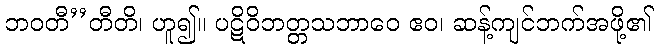
ဘဝတီ’’တီတိ၊ ဟူ၍။ ပဋိဝိဘတ္တသဘာဝေ ဧဝ၊ ဆန့်ကျင်ဘက်အဖို့၏